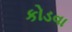
કોડવા